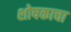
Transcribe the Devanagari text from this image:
शोषकाचा